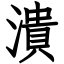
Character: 潰